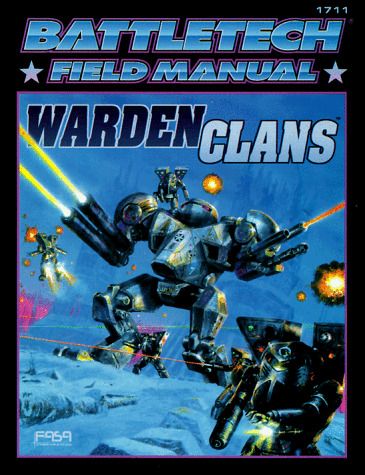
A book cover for Battletech Field Manual: Warden Clans; Science Fiction & Fantasy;